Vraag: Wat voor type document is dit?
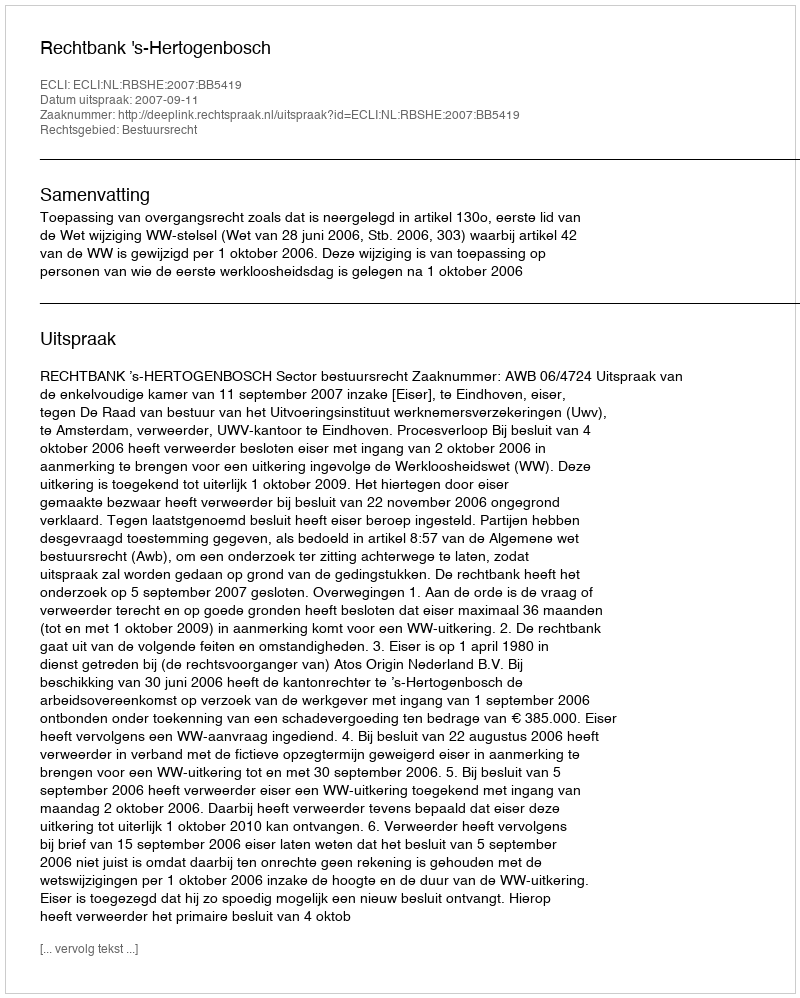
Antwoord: Uitspraak